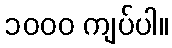
၁၀၀၀ ကျပ်ပါ။